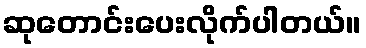
ဆုတောင်းပေးလိုက်ပါတယ်။